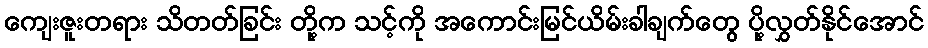
ကျေးဇူးတရား သိတတ်ခြင်း တို့က သင့်ကို အကောင်းမြင်ယိမ်းခါချက်တွေ ပို့လွှတ်နိုင်အောင်